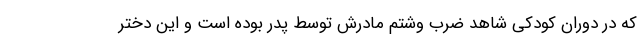
که در دوران کودکی شاهد ضرب وشتم مادرش توسط پدر بوده است و این دختر